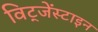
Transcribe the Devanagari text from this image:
विट्जेंस्टाइन